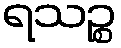
ရသဉ္စ